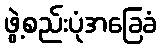
ဖွဲ့စည်းပုံအခြေခံ